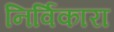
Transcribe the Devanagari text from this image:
निर्विकारा